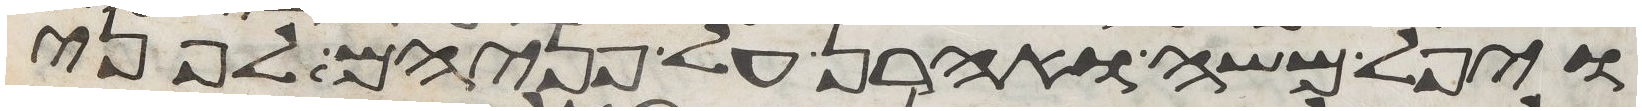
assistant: ויפל משה ואהרן על פניהם לפני